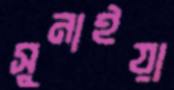
সুনাইয়া